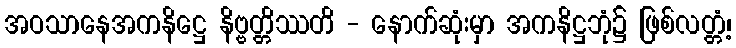
အဝသာနေအကနိဋ္ဌေ နိဗ္ဗတ္တိဿတိ - နောက်ဆုံးမှာ အကနိဋ္ဌဘုံ၌ ဖြစ်လတ္တံ့၊